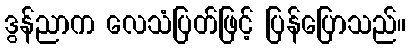
ဒွန်ညာက လေသံပြတ်ဖြင့် ပြန်ပြောသည်။